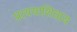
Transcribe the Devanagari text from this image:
प्रत्ययाशिवाय